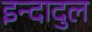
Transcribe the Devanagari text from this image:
इन्दादुल